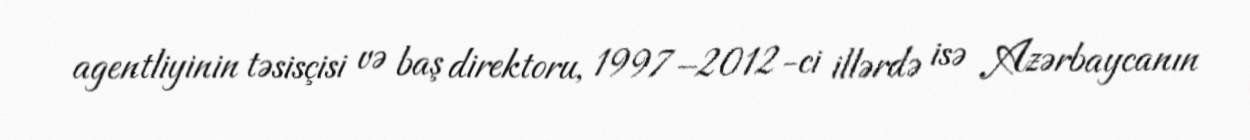
agentliyinin təsisçisi və baş direktoru, 1997–2012-ci illərdə isə Azərbaycanın